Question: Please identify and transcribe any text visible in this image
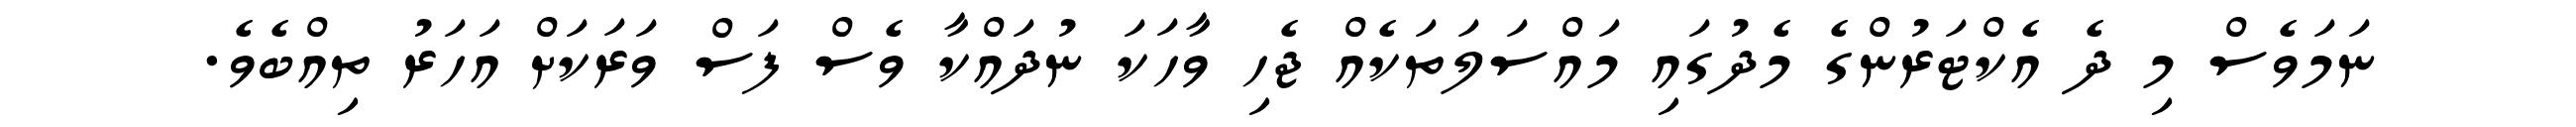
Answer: ނަމަވެސް މި ދެ އެކްޓަރުންގެ މެދުގައި މައްސަލަތަކެއް ޖެހި ވާހަކަ ނުދައްކާ ވެސް ފަސް ވަރަކަށް އަހަރު ތިއްބެވެ.